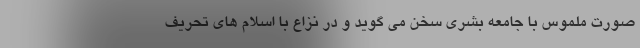
صورت ملموس با جامعه بشری سخن می گوید و در نزاع با اسلام های تحریف